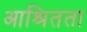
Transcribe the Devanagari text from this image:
आश्रितता